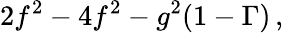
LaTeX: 2f^{2}-4f^{2}-g^{2}(1-\Gamma)\, ,